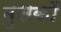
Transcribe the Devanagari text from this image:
मुसकों